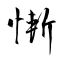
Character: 慚